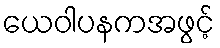
ယေဝါပနကအဖွင့်